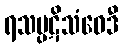
ရသပ္ပဋိသံဝေဒီ